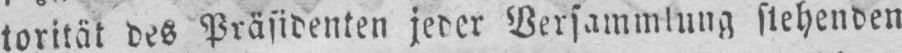
torität des Präsidenten jeder Versammlung stehenden